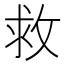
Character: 救